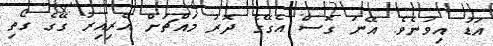
އަޑު އިވުނެވެ. އޭނަ ގޮސް އެގޭގެ ދޮރު މައްޗަށް އެރިއިރު ގޭގެ ގޯތި